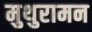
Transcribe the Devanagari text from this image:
मुथुरामन